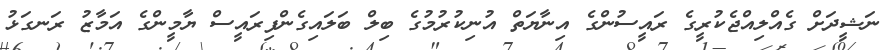
ނަޝީދަށް ގެއްލިއްޖެކުރީގެ ރައީސުންގެ އިނާޔަތް އުނިކުރުމުގެ ބިލް ބަލައިގެންފިރައީސް ޔާމީންގެ އަމާޒު ރަނގަޅު